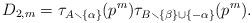
LaTeX: \begin{align*}D_{2,m} = \tau_{A\smallsetminus\{\alpha\}} (p^{m})\tau_{B\smallsetminus\{\beta\}\cup \{-\alpha\}} (p^m) .\end{align*}